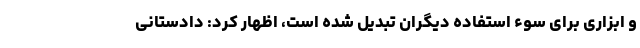
و ابزاری برای سوء استفاده دیگران تبدیل شده است، اظهار کرد: دادستانی